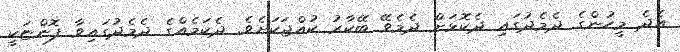
އެދެ މީހުންގެ ދެމެދުގައި ދެކޮޅަށް ދެމެވޭ ބޭކާރު ކުއްޖަކަށެވެ. ދެކަމެއްގެ ދެމެދުގައިވާ ފޮންޏަކީ